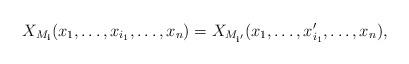
LaTeX: \begin{align*}X_{M_\mathbf i}(x_1,\dots,x_{i_1},\dots,x_n) = X_{M_{\mathbf i'}}(x_1, \dots, x_{i_1}', \dots, x_n),\end{align*}